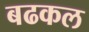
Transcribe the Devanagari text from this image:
बढकल